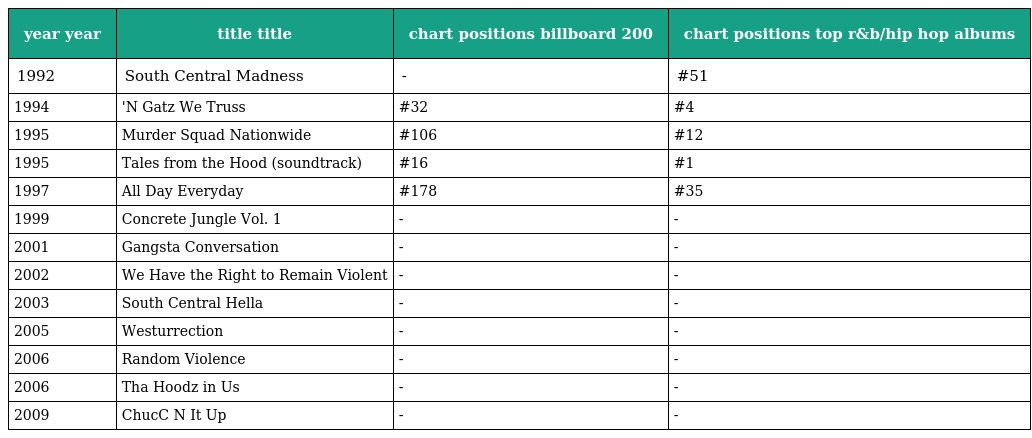
| year year | title title | chart positions billboard 200 | chart positions top r&b/hip hop albums |
 | --- | --- | --- | --- |
 | 1992 | South Central Madness | - | #51 |
 | 1994 | 'N Gatz We Truss | #32 | #4 |
 | 1995 | Murder Squad Nationwide | #106 | #12 |
 | 1995 | Tales from the Hood (soundtrack) | #16 | #1 |
 | 1997 | All Day Everyday | #178 | #35 |
 | 1999 | Concrete Jungle Vol. 1 | - | - |
 | 2001 | Gangsta Conversation | - | - |
 | 2002 | We Have the Right to Remain Violent | - | - |
 | 2003 | South Central Hella | - | - |
 | 2005 | Westurrection | - | - |
 | 2006 | Random Violence | - | - |
 | 2006 | Tha Hoodz in Us | - | - |
 | 2009 | ChucC N It Up | - | - |